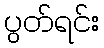
ပွတ်ရင်း